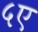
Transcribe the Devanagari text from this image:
५ए